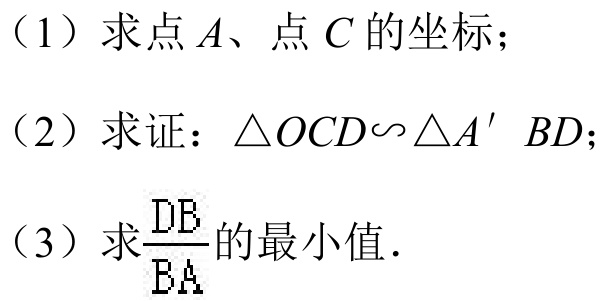
（1）求点\(A\)、点\(C\)的坐标；
（2）求证：\(\triangle OCD\sim\triangle A'BD\)；
（3）求\(\frac{DE}{BA}\)的最小值．